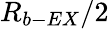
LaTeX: R_{b-EX}/2